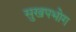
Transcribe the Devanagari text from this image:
सुखपभोग